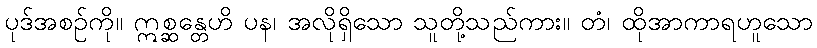
ပုဒ်အစဉ်ကို။ ဣစ္ဆန္တေဟိ ပန၊ အလိုရှိသော သူတို့သည်ကား။ တံ၊ ထိုအာကာရဟူသော